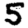
Digit: 5